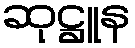
ဆုဋ္ဌူန